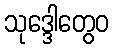
သုဒ္ဒေါတွေဝ